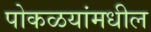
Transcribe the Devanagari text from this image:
पोकळयांमधील